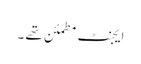
ایجنٹ مطمئن تھے ۔